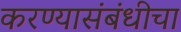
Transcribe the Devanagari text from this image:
करण्यासंबंधीचा